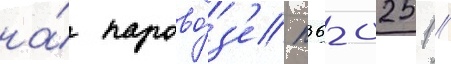
на́ парово́з'е п36-0251 /